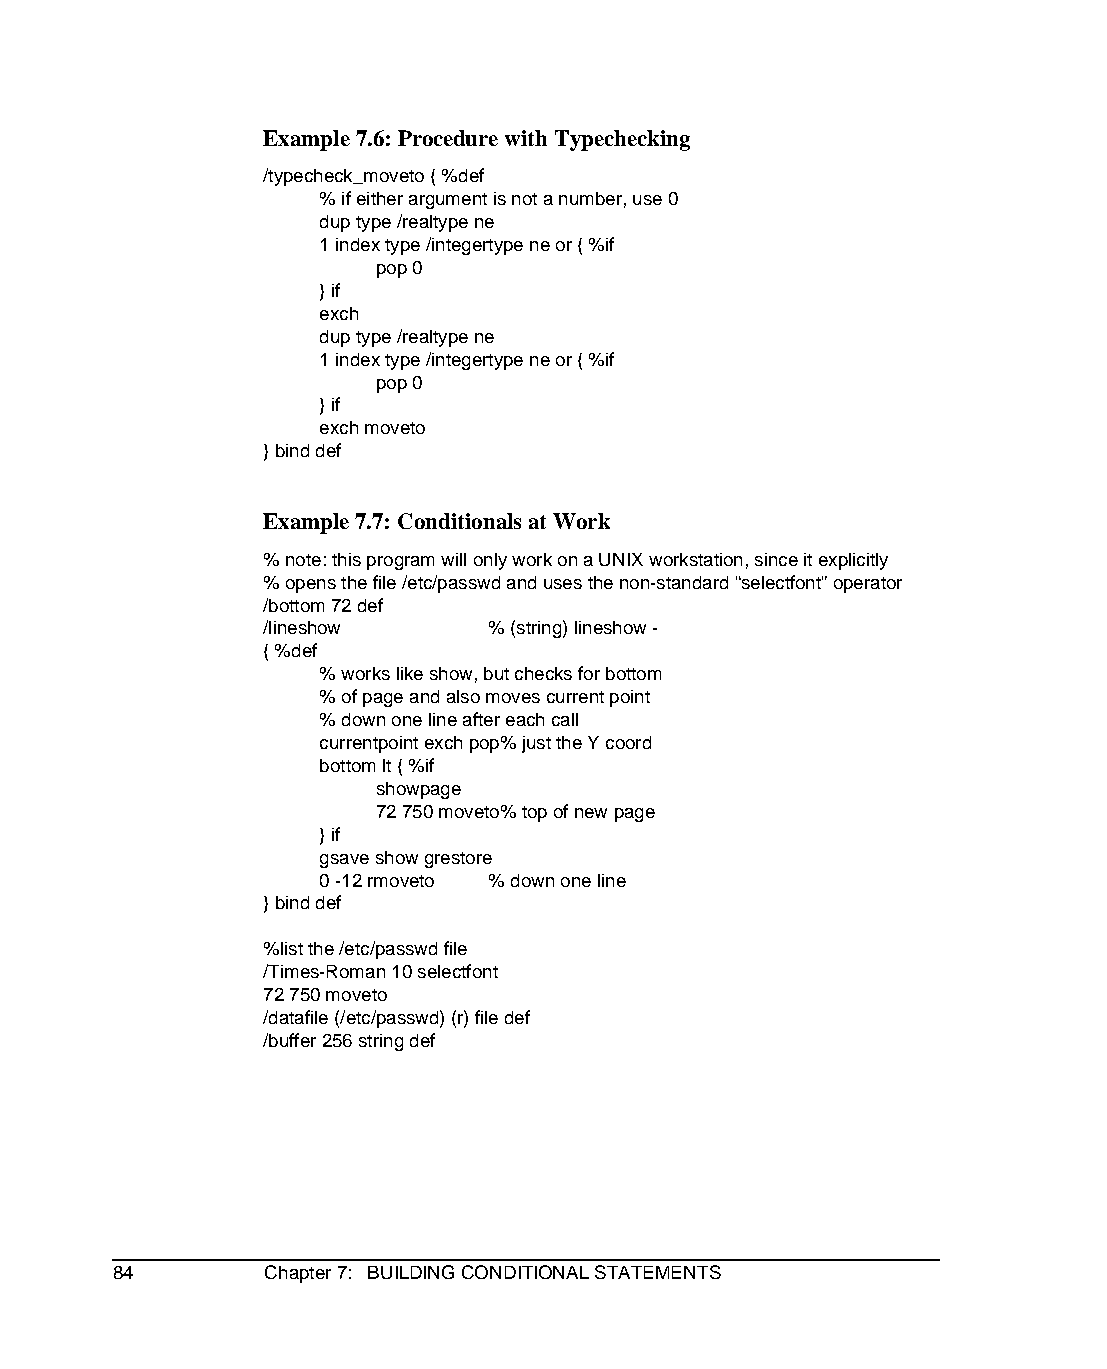
Example 7.6: Procedure with Typechecking
 /typecheck_moveto { %def
 % if either argument is not a number, use 0
 dup type /realtype ne
 1 index type /integertype ne or { %if
 pop 0
 } if
 exch
 dup type /realtype ne
 1 index type /integertype ne or { %if
 pop 0
 } if
 exch moveto
 } bind def
 Example 7.7: Conditionals at Work
 % note: this program will only work on a UNIX workstation, since it explicitly
 % opens the file /etc/passwd and uses the non-standard “selectfont” operator
 /bottom 72 def
 /lineshow      % (string) lineshow -
 { %def
 % works like show, but checks for bottom
 % of page and also moves current point
 % down one line after each call
 currentpoint exch pop% just the Y coord
 bottom lt { %if
 showpage
 72 750 moveto% top of new page
 } if
 gsave show grestore
 0 -12 rmoveto % down one line
 } bind def
 %list the /etc/passwd file
 /Times-Roman 10 selectfont
 72 750 moveto
 /datafile (/etc/passwd) (r) file def
 /buffer 256 string def
 84        Chapter 7: BUILDING CONDITIONAL STATEMENTS